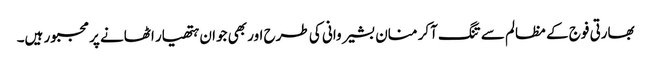
بھارتی فوج کے مظالم سے تنگ آکر منان بشیر وانی کی طرح اور بھی جوان ہتھیار اٹھانے پر مجبور ہیں۔